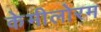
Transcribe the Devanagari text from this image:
केमीलोरम